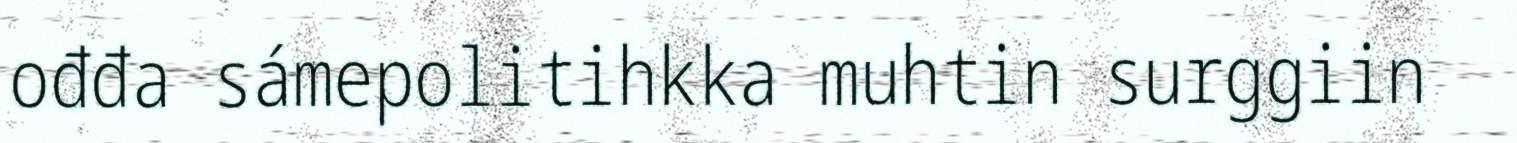
ođđa sámepolitihkka muhtin surggiin